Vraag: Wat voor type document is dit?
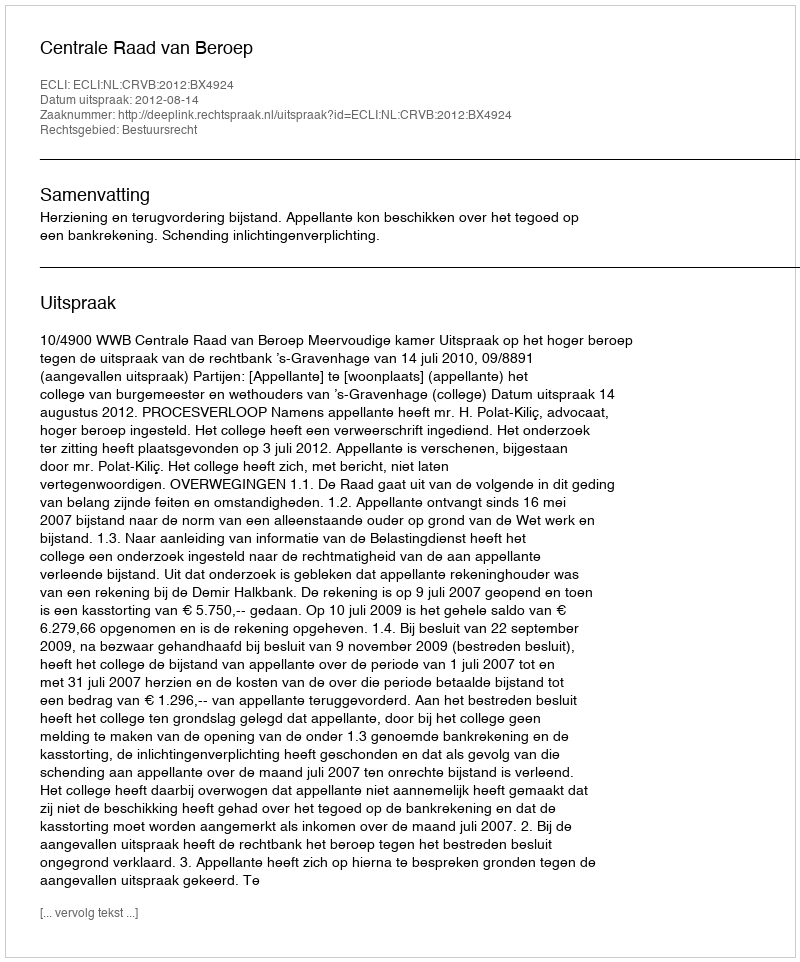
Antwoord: Uitspraak